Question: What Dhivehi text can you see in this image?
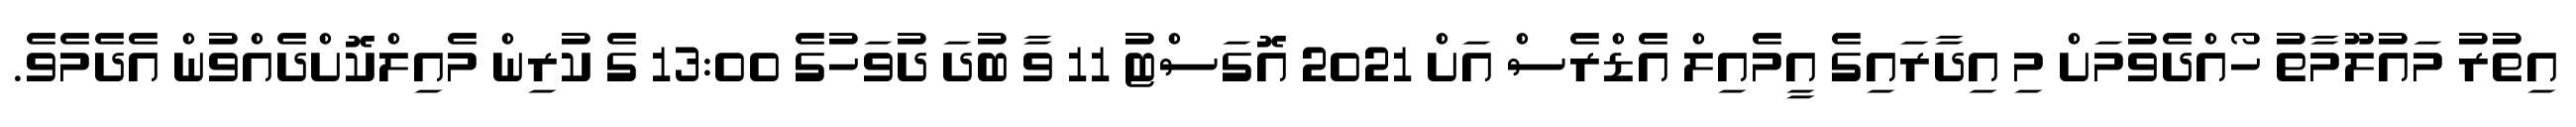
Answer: އިތުރު މައުލޫމާތު ހޯއްދެވުމަށް މި އިދާރައިގެ އީމެއިލް އެޑްރެސް އަށް 2021 އޮގަސްޓު 11 ވާ ބުދަ ދުވަހުގެ 13:00 ގެ ކުރިން މެއިލްކޮށްދެއްވުން އެދެމެވެ.